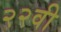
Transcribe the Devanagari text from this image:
२२वी